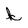
Character: k